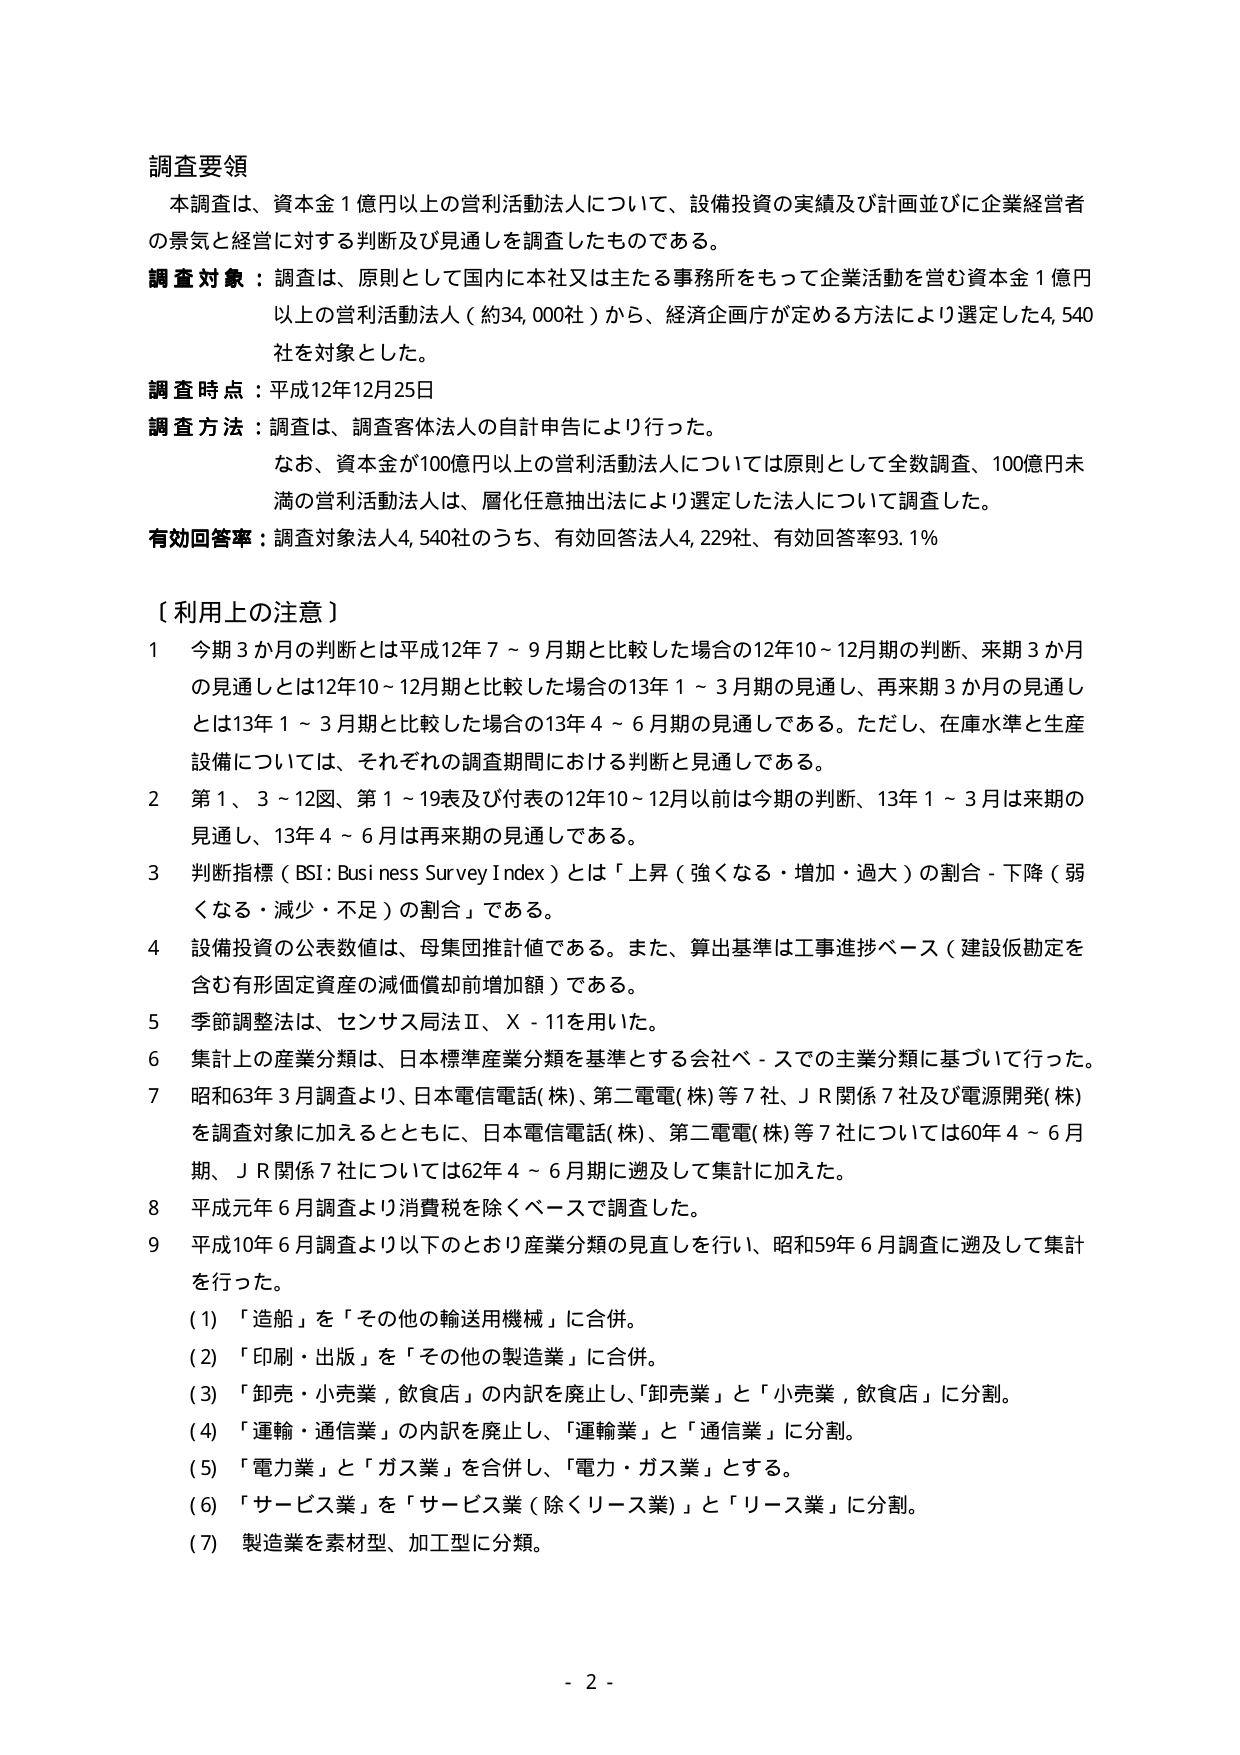
調査要領
本調査は、資本金１億円以上の営利活動法人について、設備投資の実績及び計画並びに企業経営者の景気と経営に対する判断及び見通しを調査したものである。
調査対象：調査は、原則として国内に本社又は主たる事務所をもって企業活動を営む資本金１億円以上の営利活動法人（約34,000社）から、経済企画庁が定める方法により選定した4,540社を対象とした。
調査時点：平成12年12月25日
調査方法：調査は、調査客体法人の自計申告により行った。
　　なお、資本金が100億円以上の営利活動法人については原則として全数調査、100億円未満の営利活動法人は、層化任意抽出法により選定した法人について調査した。
有効回答率：調査対象法人4,540社のうち、有効回答法人4,229社、有効回答率93.1％

〔利用上の注意〕
1　今期3か月の判断とは平成12年7～9月期と比較した場合の12年10～12月期の判断、来期3か月の見通しとは12年10～12月期と比較した場合の13年1～3月期の見通し、再来期3か月の見通しとは13年1～3月期と比較した場合の13年4～6月期の見通しである。ただし、在庫水準と生産設備については、それぞれの調査期間における判断と見通しである。
2　第1、3～12図、第1～19表及び付表の12年10～12月以前は今期の判断、13年1～3月は来期の見通し、13年4～6月は再来期の見通しである。
3　判断指標（BSI：Business Survey Index）とは「上昇（強くなる・増加・過大）の割合－下降（弱くなる・減少・不足）の割合」である。
4　設備投資の公表数値は、母集団推計値である。また、算出基準は工事進捗ベース（建設仮勘定を含む有形固定資産の減価償却前増加額）である。
5　季節調整法は、センサス局法Ⅱ、X-11を用いた。
6　集計上の産業分類は、日本標準産業分類を基準とする会社ベースでの主業分類に基づいて行った。
7　昭和63年3月調査より、日本電信電話(株)、第二電電(株)等7社、ＪＲ関係7社及び電源開発(株)を調査対象に加えるとともに、日本電信電話(株)、第二電電(株)等7社については60年4～6月期、ＪＲ関係7社については62年4～6月期に遡及して集計に加えた。
8　平成元年6月調査より消費税を除くベースで調査した。
9　平成10年6月調査より以下のとおり産業分類の見直しを行い、昭和59年6月調査に遡及して集計を行った。
　　(1) 「造船」を「その他の輸送用機械」に合併。
　　(2) 「印刷・出版」を「その他の製造業」に合併。
　　(3) 「卸売・小売業，飲食店」の内訳を廃止し、「卸売業」と「小売業，飲食店」に分割。
　　(4) 「運輸・通信業」の内訳を廃止し、「運輸業」と「通信業」に分割。
　　(5) 「電力業」と「ガス業」を合併し、「電力・ガス業」とする。
　　(6) 「サービス業」を「サービス業（除くリース業）」と「リース業」に分割。
　　(7) 製造業を素材型、加工型に分類。

- 2 -